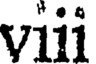
viii